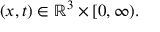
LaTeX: \qquad ( x , t ) \in \mathbb { R } ^ { 3 } \times [ 0 , \infty ) .